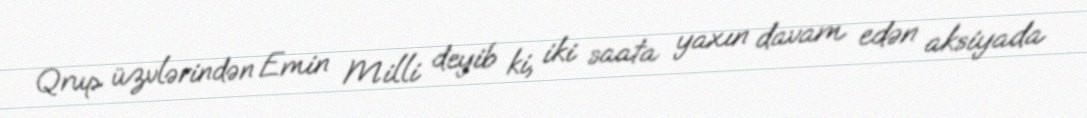
Qrup üzvlərindən Emin Milli deyib ki, iki saata yaxın davam edən aksiyada